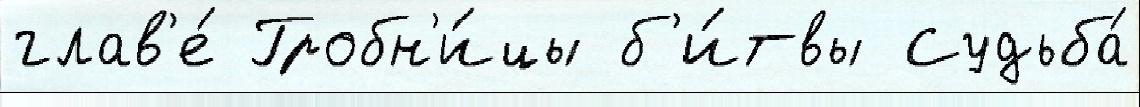
глав'е́ Гробн'и́цы б'и́твы Судьба́